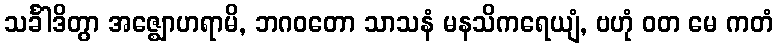
သင်္ခါဒိတွာ အဇ္ဈောဟရာမိ, ဘဂဝတော သာသနံ မနသိကရေယျံ, ဗဟုံ ဝတ မေ ကတံ